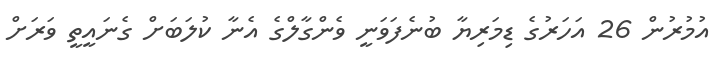
އުމުރުން 26 އަހަރުގެ ޑިމަރިޔާ ބުނެފަވަނީ ވެންގާލްގެ އެނާ ކުލަބަށް ގެނައީތީ ވަރަށް